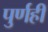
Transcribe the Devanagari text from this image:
पुर्णही